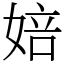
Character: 婄